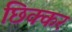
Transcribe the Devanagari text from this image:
छिक्कर